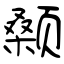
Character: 颡